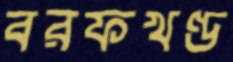
বরফখণ্ড